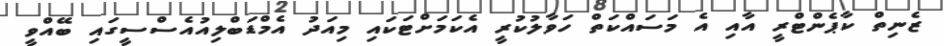
ޒެނިތް ކާޕެންޓްރީ އާއި އެ މަސައްކަތް ހަވާލުކުރީ އެކަމަށްޓަކައި މިއަދު އެމްޑަބްލިއުއެސްސީގައި ބޭއްވީ